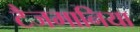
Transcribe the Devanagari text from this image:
टैजमानिया